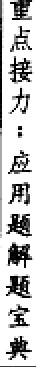
重点接力·应用题解题宝典